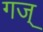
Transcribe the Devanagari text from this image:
गज्